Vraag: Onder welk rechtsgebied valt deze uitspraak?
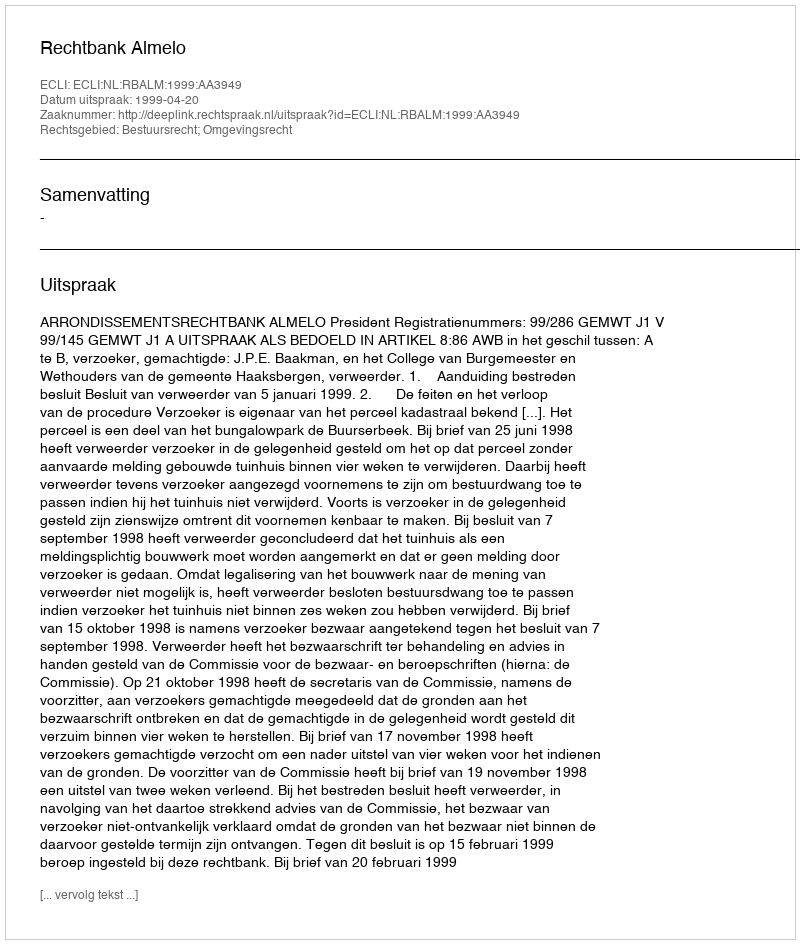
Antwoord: Bestuursrecht; Omgevingsrecht